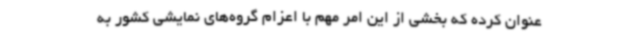
عنوان کرده که بخشی از این امر مهم با اعزام گروه‌های نمایشی کشور به